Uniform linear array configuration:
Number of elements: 12
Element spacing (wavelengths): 1
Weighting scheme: binomial
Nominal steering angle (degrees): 45
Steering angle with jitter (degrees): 45.664
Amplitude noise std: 0.05
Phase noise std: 0.05

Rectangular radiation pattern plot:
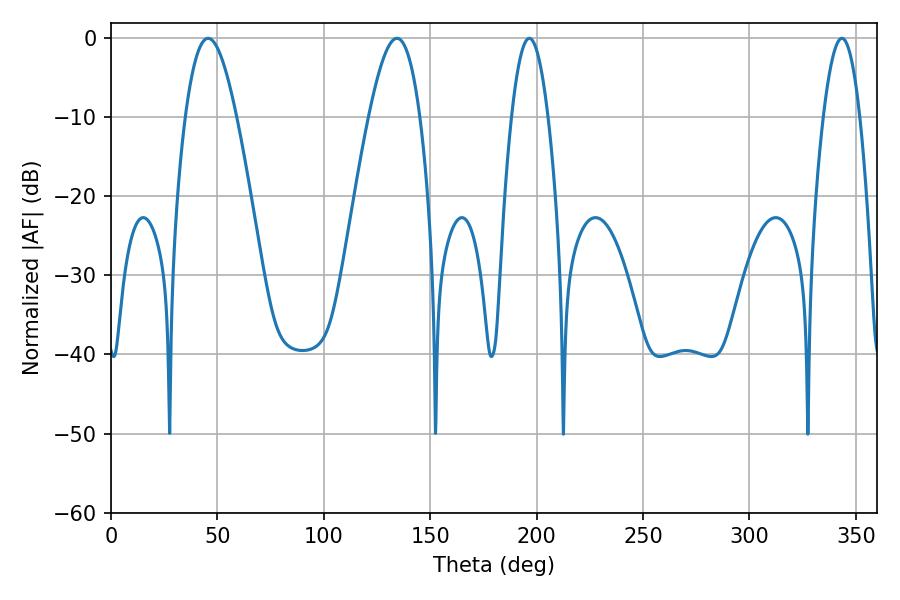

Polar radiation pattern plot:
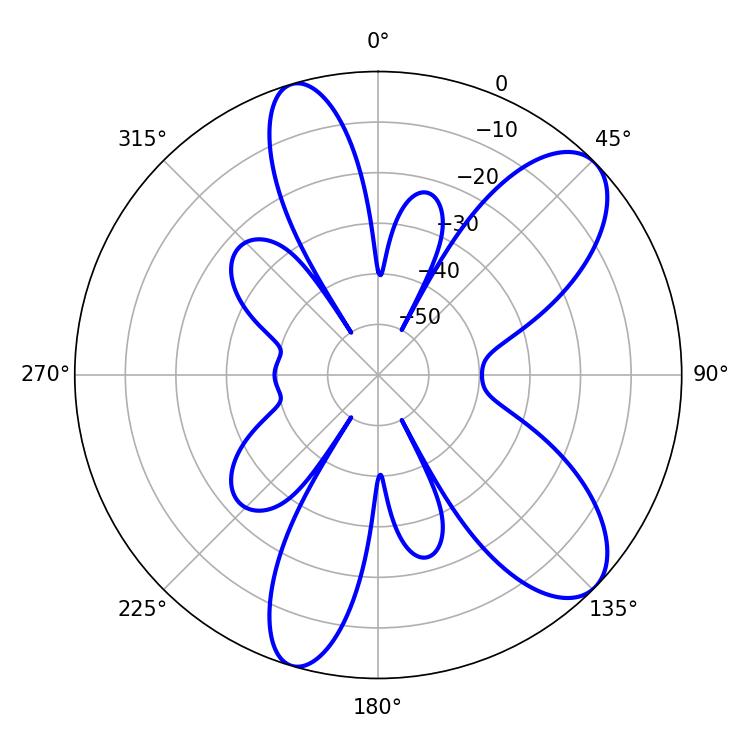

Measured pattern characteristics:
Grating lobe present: TRUE
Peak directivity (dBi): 8.991
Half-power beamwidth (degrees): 9.36
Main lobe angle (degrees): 196.56